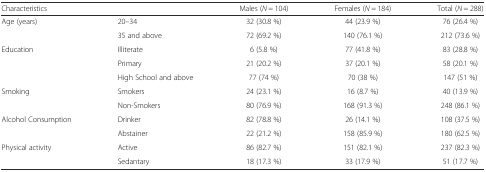
<table><thead><tr><td colspan="2"><b>Characteristics</b></td><td><b>Males (<i>N</i> = 104)</b></td><td><b>Females (<i>N</i> = 184)</b></td><td><b>Total (<i>N</i> = 288)</b></td></tr></thead><tbody><tr><td rowspan="2">Age (years)</td><td>20–34</td><td>32 (30.8 %)</td><td>44 (23.9 %)</td><td>76 (26.4 %)</td></tr><tr><td>35 and above</td><td>72 (69.2 %)</td><td>140 (76.1 %)</td><td>212 (73.6 %)</td></tr><tr><td rowspan="3">Education</td><td>Illiterate</td><td>6 (5.8 %)</td><td>77 (41.8 %)</td><td>83 (28.8 %)</td></tr><tr><td>Primary</td><td>21 (20.2 %)</td><td>37 (20.1 %)</td><td>58 (20.1 %)</td></tr><tr><td>High School and above</td><td>77 (74 %)</td><td>70 (38 %)</td><td>147 (51 %)</td></tr><tr><td rowspan="2">Smoking</td><td>Smokers</td><td>24 (23.1 %)</td><td>16 (8.7 %)</td><td>40 (13.9 %)</td></tr><tr><td>Non-Smokers</td><td>80 (76.9 %)</td><td>168 (91.3 %)</td><td>248 (86.1 %)</td></tr><tr><td rowspan="2">Alcohol Consumption</td><td>Drinker</td><td>82 (78.8 %)</td><td>26 (14.1 %)</td><td>108 (37.5 %)</td></tr><tr><td>Abstainer</td><td>22 (21.2 %)</td><td>158 (85.9 %)</td><td>180 (62.5 %)</td></tr><tr><td rowspan="2">Physical activity</td><td>Active</td><td>86 (82.7 %)</td><td>151 (82.1 %)</td><td>237 (82.3 %)</td></tr><tr><td>Sedantary</td><td>18 (17.3 %)</td><td>33 (17.9 %)</td><td>51 (17.7 %)</td></tr></tbody></table>